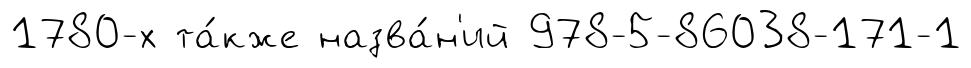
1780-х та́кже назва́н'ий 978-5-86038-171-1